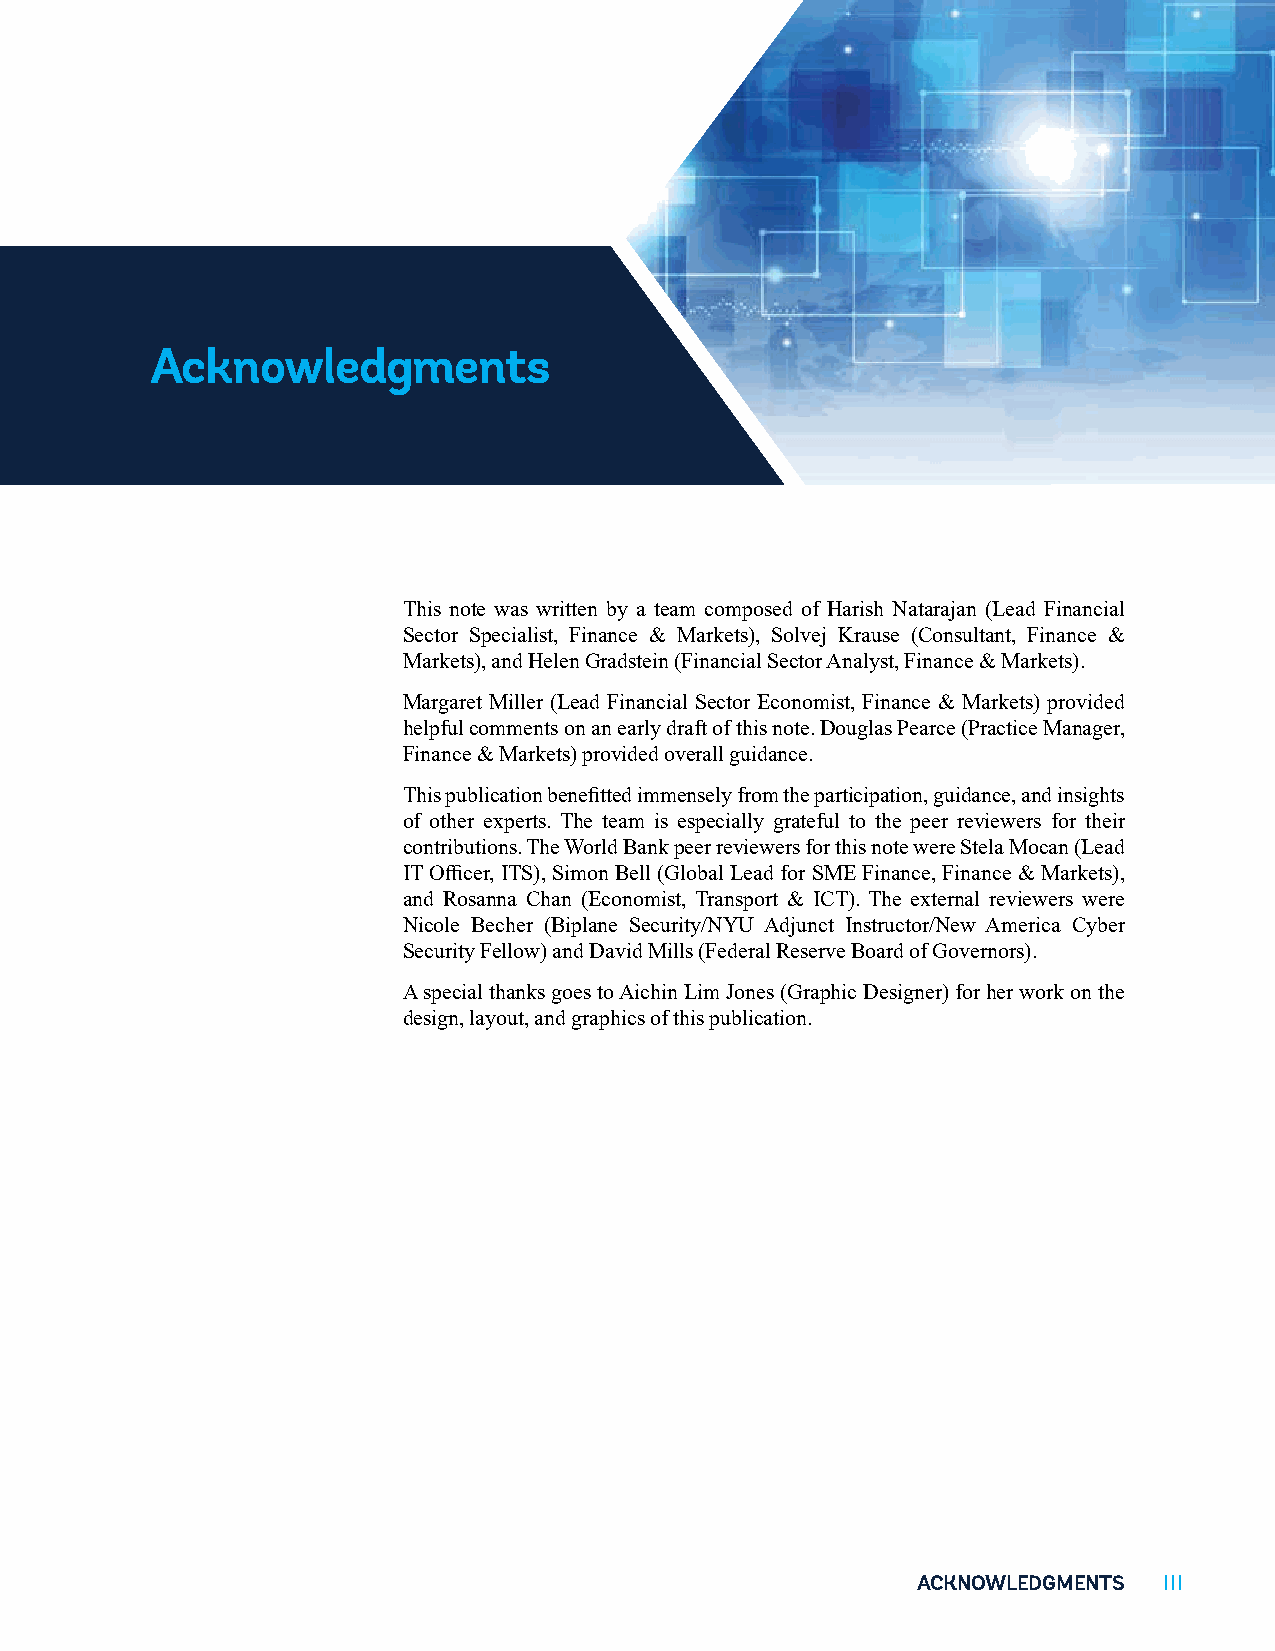
Acknowledgments
 This note was written by a team composed of Harish Natarajan (Lead Financial
 Sector Specialist, Finance & Markets), Solvej Krause (Consultant, Finance &
 Markets), and Helen Gradstein (Financial Sector Analyst, Finance & Markets).
 Margaret Miller (Lead Financial Sector Economist, Finance & Markets) provided
 helpful comments on an early draft of this note. Douglas Pearce (Practice Manager,
 Finance & Markets) provided overall guidance.
 This publication benefitted immensely from the participation, guidance, and insights
 of other experts. The team is especially grateful to the peer reviewers for their
 contributions. The World Bank peer reviewers for this note were Stela Mocan (Lead
 IT Officer, ITS), Simon Bell (Global Lead for SME Finance, Finance & Markets),
 and Rosanna Chan (Economist, Transport & ICT). The external reviewers were
 Nicole Becher (Biplane Security/NYU Adjunct Instructor/New America Cyber
 Security Fellow) and David Mills (Federal Reserve Board of Governors).
 A special thanks goes to Aichin Lim Jones (Graphic Designer) for her work on the
 design, layout, and graphics of this publication.
 ACKNOWLEDGMENTS III